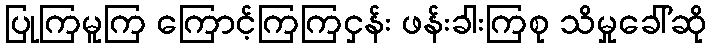
ပြုကြမူကြ ကြောင့်ကြကြငှန်း ဖန်းခါးကြစု သိမှုခေါ်ဆို